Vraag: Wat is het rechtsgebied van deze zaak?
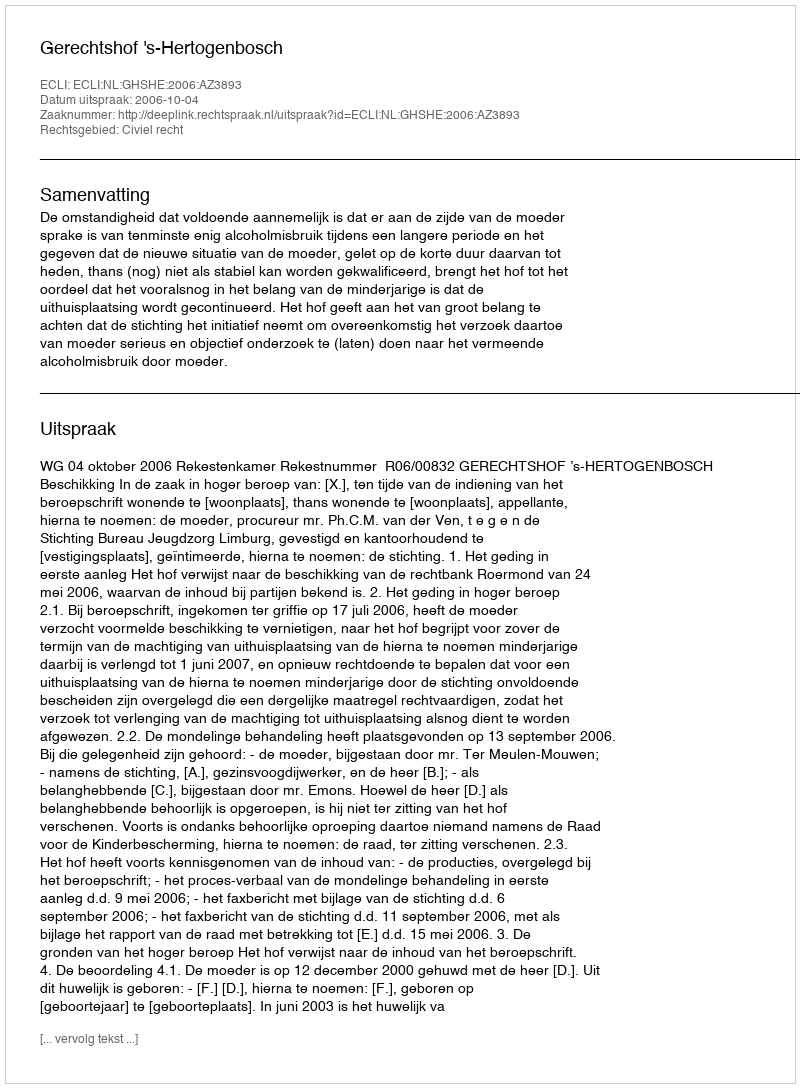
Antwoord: Civiel recht